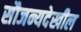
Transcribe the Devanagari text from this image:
सौजन्यदेखील